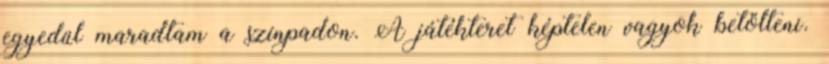
egyedül maradtam a színpadon. A játékteret képtelen vagyok betölteni.